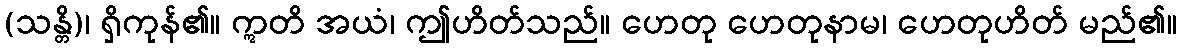
(သန္တိ)၊ ရှိကုန်၏။ ဣတိ အယံ၊ ဤဟိတ်သည်။ ဟေတု ဟေတုနာမ၊ ဟေတုဟိတ် မည်၏။